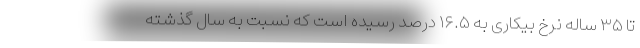
تا ۳۵ ساله نرخ بیکاری به ۱۶.۵ درصد رسیده است که نسبت به سال گذشته